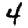
Digit: 4